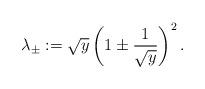
LaTeX: \begin{align*} \lambda_{\pm} := \sqrt{y} \left( 1 \pm \frac{1}{\sqrt{y}} \right)^2. \end{align*}